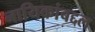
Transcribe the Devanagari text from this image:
नायिकांबद्दल